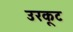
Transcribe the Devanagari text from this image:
उरकूट